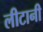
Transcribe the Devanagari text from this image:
लीटानी